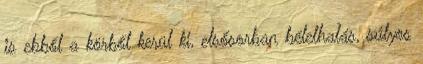
is ebből a körből kerül ki, elsősorban bélelhalás, súlyos